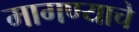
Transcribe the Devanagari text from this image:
मागण्याचे